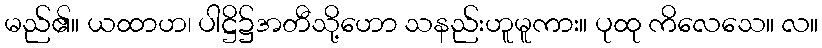
မည်၏။ ယထာဟ၊ ပါဋ္ဌိ၌အတီသို့ဟော သနည်းဟူမူကား။ ပုထု ကိလေသေ။ လ။